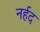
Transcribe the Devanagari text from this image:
नर्हद